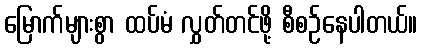
မြောက်များစွာ ထပ်မံ လွှတ်တင်ဖို့ စီစဉ်နေပါတယ်။